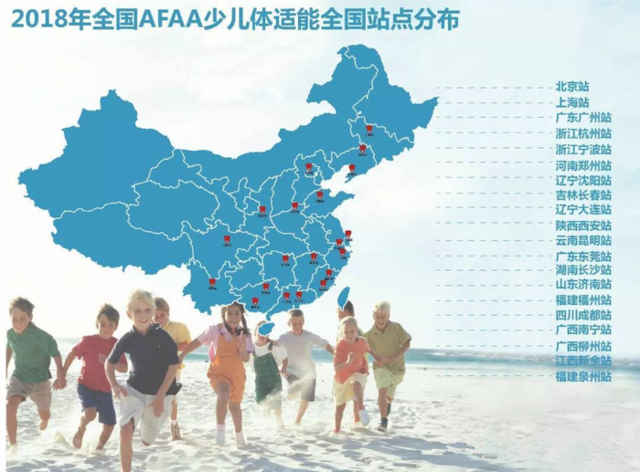
塞上秋风鼓角，城头落日旌旗。少年鞍马适相宜。